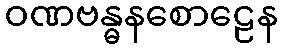
ဝဏဗန္ဓနစောဠေန